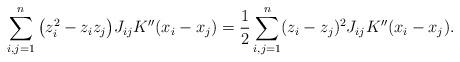
LaTeX: \begin{align*}\sum_{i,j=1}^n \big(z_i^2 - z_iz_j\big) J_{ij} K''(x_i-x_j) &= \frac12\sum_{i,j=1}^n (z_i - z_j)^2 J_{ij} K''(x_i-x_j).\end{align*}